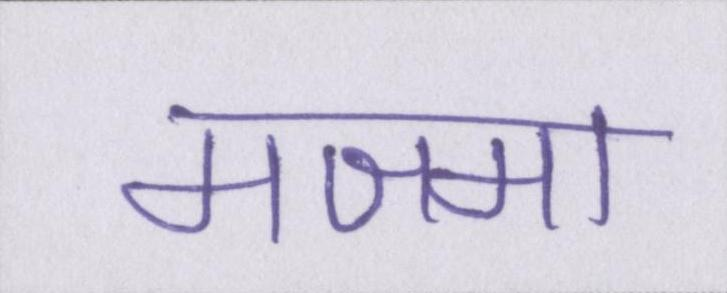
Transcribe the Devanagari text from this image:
मजमा